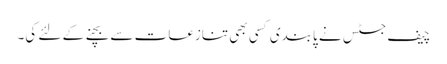
چیف جسٹس نے پابندی کسی بھی تنازعات سے بچنے کے لئے کی۔